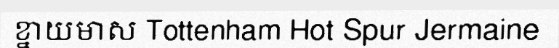
ខ្នាយមាស Tottenham Hot Spur Jermaine